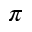
\pi